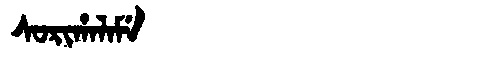
Manchu: ᠰᠣᡵᡳᡥᠠᠯᠠᠮᡝ
Romanization: SORIHALAME